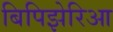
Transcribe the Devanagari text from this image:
बिपिझेरिआ